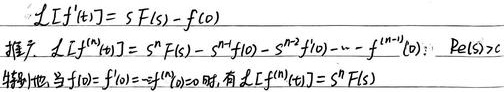
$\mathcal{L}[f^{\prime}(t)] = sF(s)-f(0)$推广：

\(\mathcal{L}[f^{(n)}(t)] = s^{n}F(s)-s^{n - 1}f(0)-s^{n - 2}f^{\prime}(0)-\cdots - f^{(n - 1)}(0)\)；\(\text{Re}(s)>c\)

特别地，当\(f(0)=f^{\prime}(0)=\cdots=f^{(n - 1)}(0)=0\)时，有\(\mathcal{L}[f^{(n)}(t)] = s^{n}F(s)\) 。